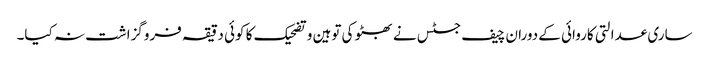
ساری عدالتی کاروائی کے دوران چیف جسٹس نے بھٹو کی توہین و تضحیک کا کوئی دقیقہ فروگزاشت نہ کیا۔